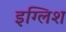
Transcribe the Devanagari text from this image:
इग्लिश